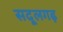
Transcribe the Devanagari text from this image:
सदूलगढ़